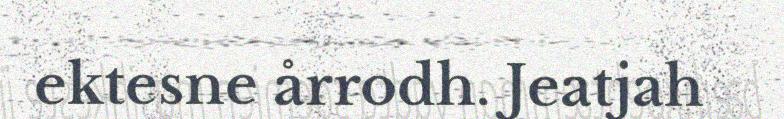
ektesne årrodh. Jeatjah